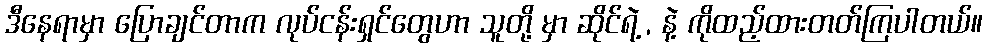
ဒီနေရာမှာ ပြောချင်တာက လုပ်ငန်းရှင်တွေဟာ သူတို့ မှာ ဆိုင်ရဲ့ , နဲ့ ကိုထည့်ထားတတ်ကြပါတယ်။